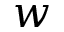
w